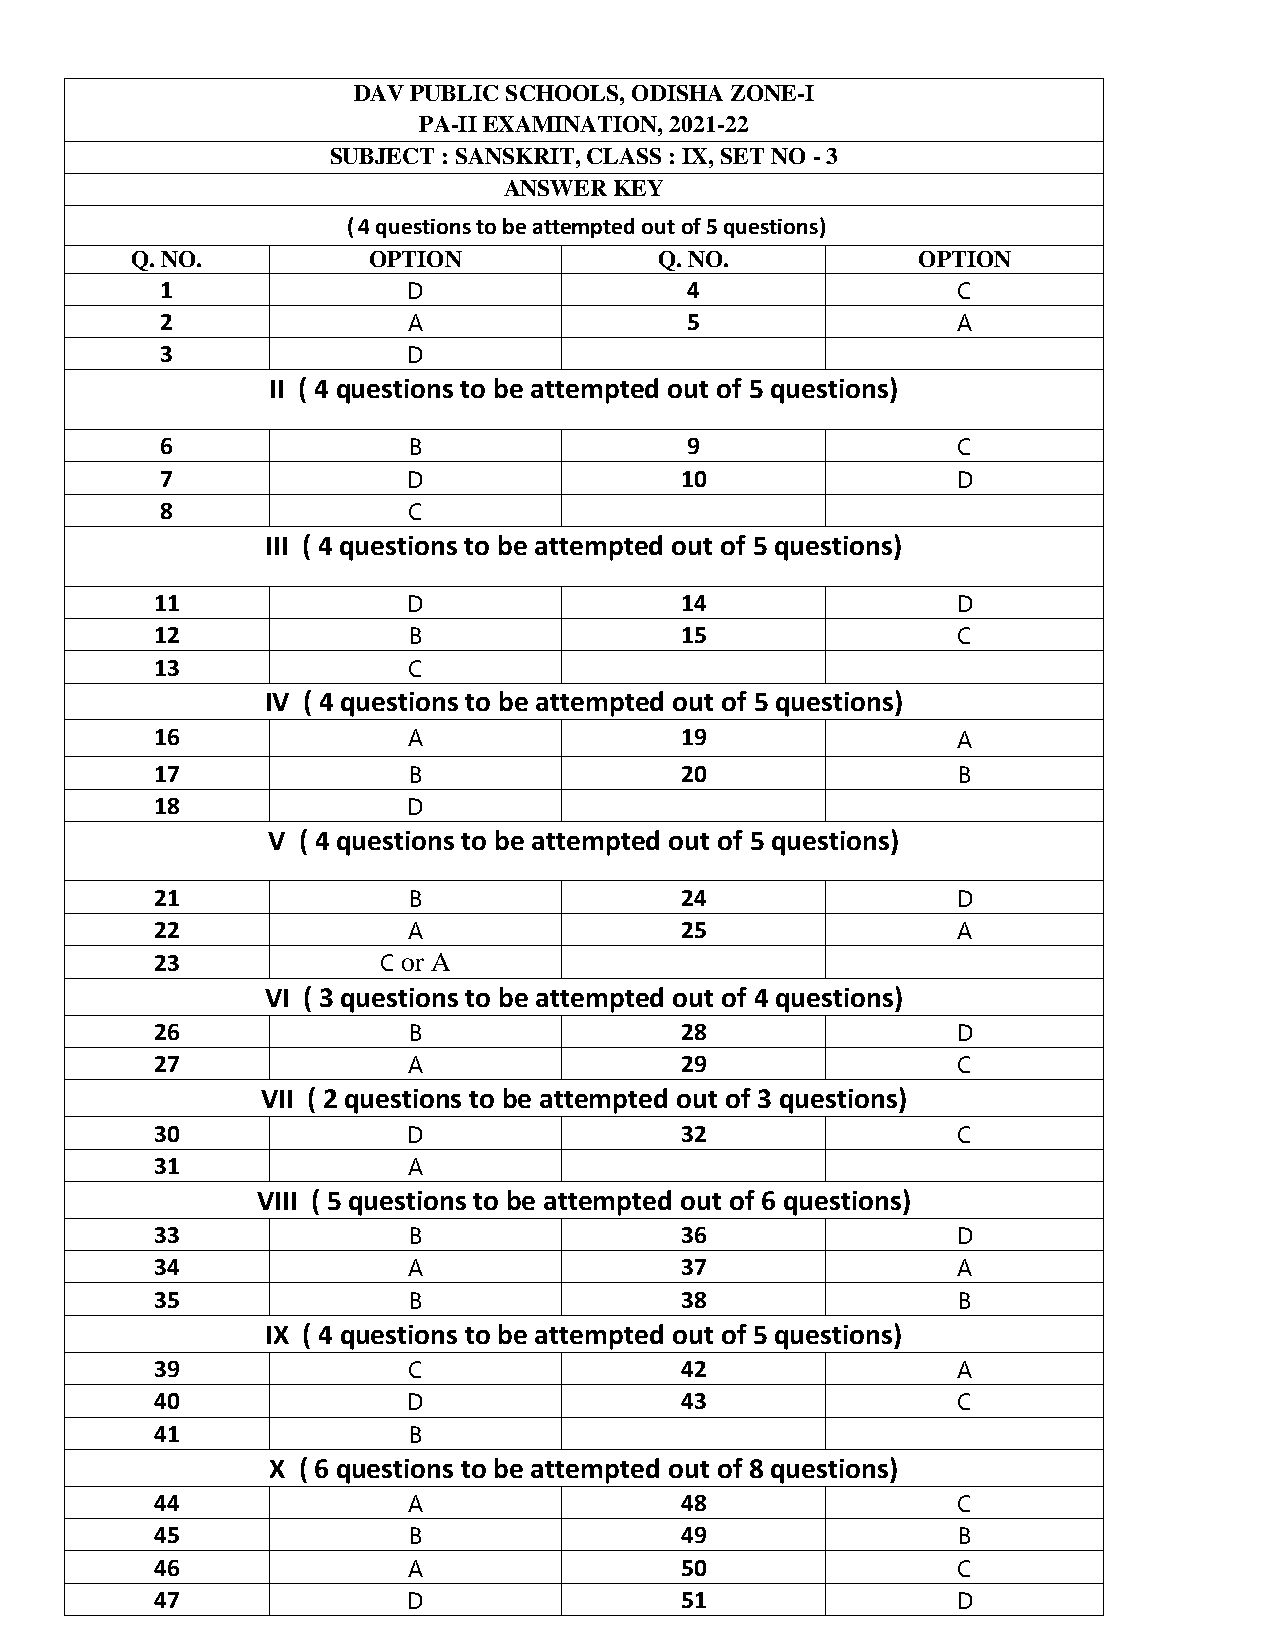
DAV PUBLIC SCHOOLS, ODISHA ZONE-I
 PA-II EXAMINATION, 2021-22
 SUBJECT : SANSKRIT, CLASS : IX, SET NO - 3
 ANSWER  KEY
 ( 4 questions to be attempted out of 5 questions)
 Q. NO.         OPTION              Q. NO.           OPTION
 1               D                 4                 C
 2               A                 5                 A
 3               D
 II ( 4 questions to be attempted out of 5 questions)
 6               B                 9                 C
 7               D                 10                D
 8               C
 III ( 4 questions to be attempted out of 5 questions)
 11               D                 14                D
 12               B                 15                C
 13               C
 IV ( 4 questions to be attempted out of 5 questions)
 16               A                 19                A
 17               B                 20                B
 18               D
 V ( 4 questions to be attempted out of 5 questions)
 21               B                 24                D
 22               A                 25                A
 23             C or A
 VI ( 3 questions to be attempted out of 4 questions)
 26               B                 28                D
 27               A                 29                C
 VII ( 2 questions to be attempted out of 3 questions)
 30               D                 32                C
 31               A
 VIII ( 5 questions to be attempted out of 6 questions)
 33               B                 36                D
 34               A                 37                A
 35               B                 38                B
 IX ( 4 questions to be attempted out of 5 questions)
 39               C                 42                A
 40               D                 43                C
 41               B
 X ( 6 questions to be attempted out of 8 questions)
 44               A                 48                C
 45               B                 49                B
 46               A                 50                C
 47               D                 51                D